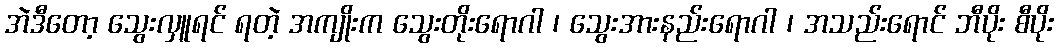
အဲဒီတော့ သွေးလှူရင် ရတဲ့ အကျိုးက သွေးတိုးရောဂါ ၊ သွေးအားနည်းရောဂါ ၊ အသည်းရောင် ဘီပိုး စီပိုး